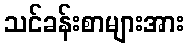
သင်ခန်းစာများအား